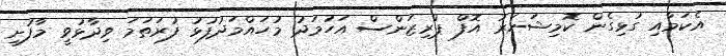
އެކަމާއި ގުޅިގެން ކޮމިޝަނަރު އޮފް ޕްރިޒަންސް އަހުމަދު މުހައްމަދުފުޅު ފުރަތަމަ ވިދާޅުވީ މާފުށި